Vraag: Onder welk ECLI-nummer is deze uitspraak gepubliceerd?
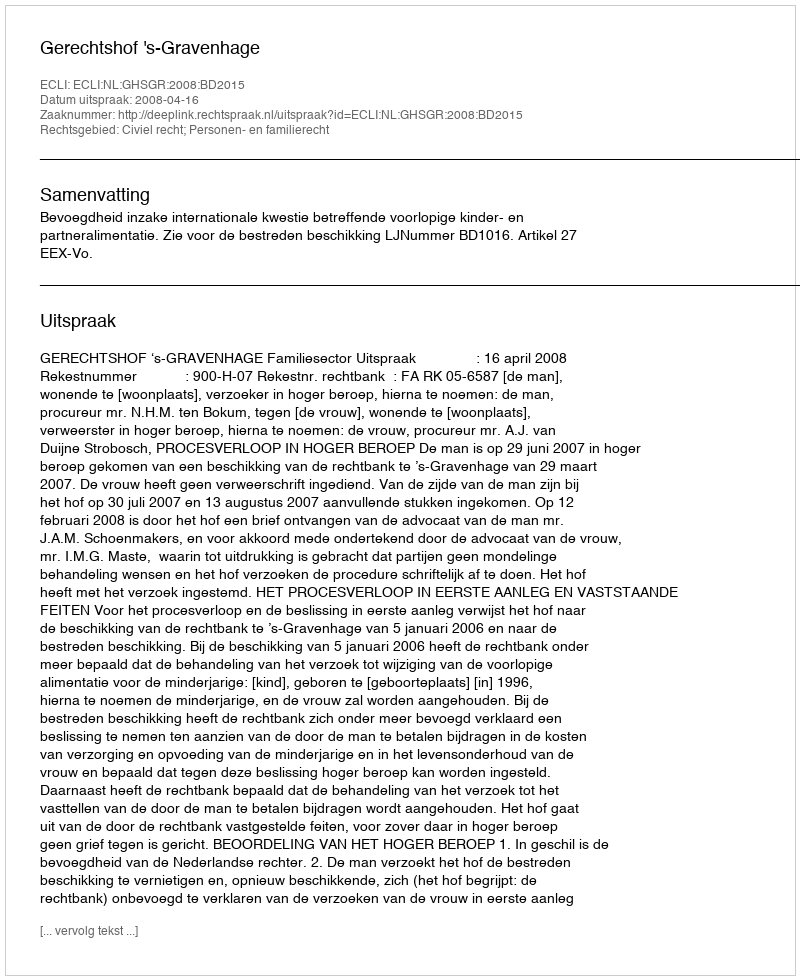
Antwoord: ECLI:NL:GHSGR:2008:BD2015